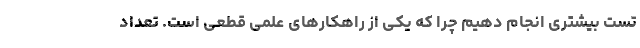
تست بیشتری انجام دهیم چرا که یکی از راهکارهای علمی قطعی است. تعداد